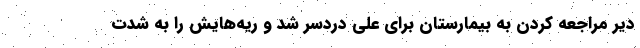
دیر مراجعه کردن به بیمارستان برای علی دردسر شد و ریه‌هایش را به شدت